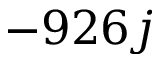
- 9 2 6 j